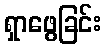
ရှာဖွေခြင်း